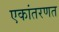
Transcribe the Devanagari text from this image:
एकांतरणत